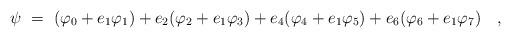
LaTeX: \begin{align*}\psi ~=~(\varphi _{0}+e_{1}\varphi _{1})+e_{2}(\varphi _{2}+e_{1}\varphi_{3})+e_{4}(\varphi _{4}+e_{1}\varphi _{5})+e_{6}(\varphi _{6}+e_{1}\varphi_{7})\quad ,\end{align*}